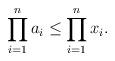
LaTeX: \begin{align*}\prod_{i=1}^n a_i \leq \prod_{i=1}^n x_i.\end{align*}